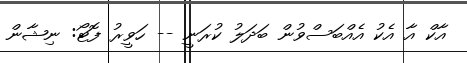
އާކް އާ އެކު އެއްބަސްވުން ބަދަލު ކުރަނީ -- ހަވީރު ފޮޓޯ: ނިޝާން